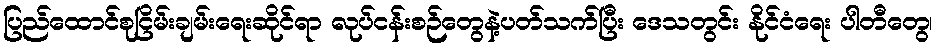
ပြည်ထောင်စုငြိမ်းချမ်းရေးဆိုင်ရာ လုပ်ငန်းစဉ်တွေနဲ့ပတ်သက်ပြီး ဒေသတွင်း နိုင်ငံရေး ပါတီတွေ၊